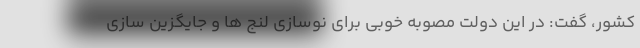
کشور، گفت: در این دولت مصوبه خوبی برای نوسازی لنج ها و جایگزین سازی